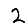
Digit: 2